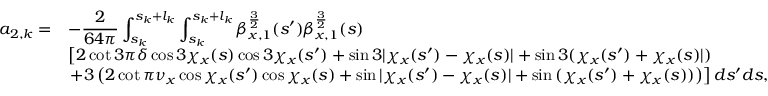
\begin{array} { c l } { \displaystyle a _ { 2 , k } = } & { \displaystyle - \frac { 2 } { 6 4 \pi } \int _ { s _ { k } } ^ { s _ { k } + l _ { k } } { \int _ { s _ { k } } ^ { s _ { k } + l _ { k } } { \beta _ { x , 1 } ^ { \frac { 3 } { 2 } } ( s ^ { \prime } ) \beta _ { x , 1 } ^ { \frac { 3 } { 2 } } ( s ) } } } \\ & { \displaystyle \left[ 2 \cot { 3 \pi \delta } \cos { 3 \chi _ { x } ( s ) } \cos { 3 \chi _ { x } ( s ^ { \prime } ) } + \sin { 3 | \chi _ { x } ( s ^ { \prime } ) - \chi _ { x } ( s ) | } + \sin { 3 ( \chi _ { x } ( s ^ { \prime } ) + \chi _ { x } ( s ) | ) } \right. } \\ & { \displaystyle \left. + 3 \left( 2 \cot { \pi \nu _ { x } } \cos { \chi _ { x } ( s ^ { \prime } ) } \cos { \chi _ { x } ( s ) } + \sin { | \chi _ { x } ( s ^ { \prime } ) - \chi _ { x } ( s ) | } + \sin { ( \chi _ { x } ( s ^ { \prime } ) + \chi _ { x } ( s ) ) } \right) \right] d s ^ { \prime } d s , } \end{array}